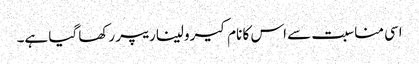
اسی مناسبت سے اس کا نام کیرولیناریپر رکھا گیا ہے۔